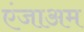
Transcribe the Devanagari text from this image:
एंजाअम